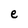
Character: e